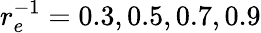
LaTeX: r_{e}^{-1}=0.3,0.5,0.7,0.9